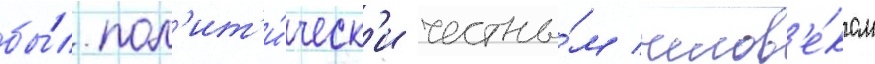
бы́л пол'ит'и́ческ'и честны́м челов'е́ком